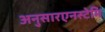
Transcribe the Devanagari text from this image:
अनुसारएनस्टेमि